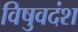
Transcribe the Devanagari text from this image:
विषुवदंश